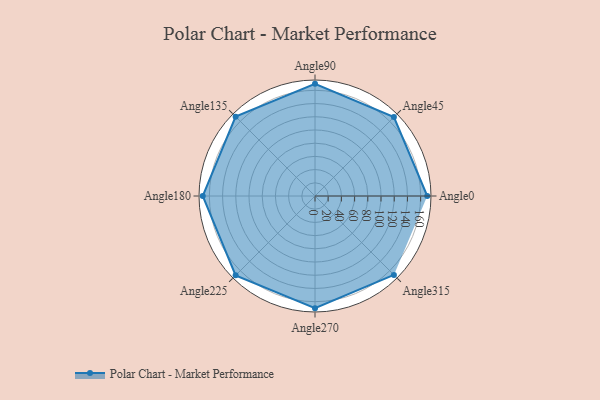
{"axis": {"x": "Angle", "y": "Radius"}, "legend": [""], "data": [{"x": "Angle0", "y": 170, "type": ""}, {"x": "Angle45", "y": 169.0, "type": ""}, {"x": "Angle90", "y": 170, "type": ""}, {"x": "Angle135", "y": 170, "type": ""}, {"x": "Angle180", "y": 170, "type": ""}, {"x": "Angle225", "y": 170, "type": ""}, {"x": "Angle270", "y": 170, "type": ""}, {"x": "Angle315", "y": 169.0, "type": ""}]}